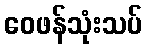
ဝေဖန်သုံးသပ်